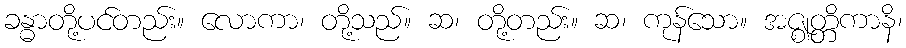
ခန္ဓာတို့ပင်တည်း။ လောကာ၊ တို့သည်။ ဆ၊ တို့တည်း။ ဆ၊ ကုန်သော။ အဇ္ဈတ္တိကာနိ၊